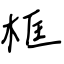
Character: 框